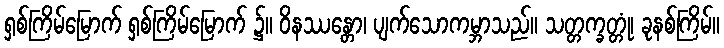
ရှစ်ကြိမ်မြောက် ရှစ်ကြိမ်မြောက် ၌။ ဝိနဿန္တော၊ ပျက်သောကမ္ဘာသည်။ သတ္တက္ခတ္တုံ၊ ခုနစ်ကြိမ်။